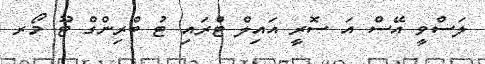
ލަސްވީ އޭސް އަ ސޮރީ އައިލް ޓްރައި ޓު ބްރިންގް ޓޫ މޯރ